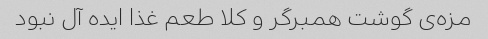
مزه‌ی گوشت همبرگر و کلا طعم غذا ایده آل نبود